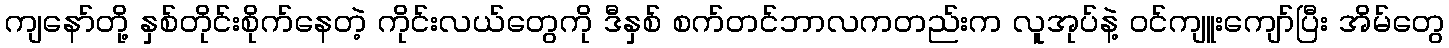
ကျနော်တို့ နှစ်တိုင်းစိုက်နေတဲ့ ကိုင်းလယ်တွေကို ဒီနှစ် စက်တင်ဘာလကတည်းက လူအုပ်နဲ့ ဝင်ကျူးကျော်ပြီး အိမ်တွေ